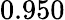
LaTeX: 0.950